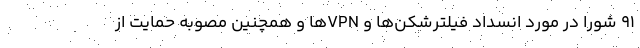
۹۱ شورا در مورد انسداد فیلترشکن‌ها و VPN‌ها و همچنین مصوبه حمایت از